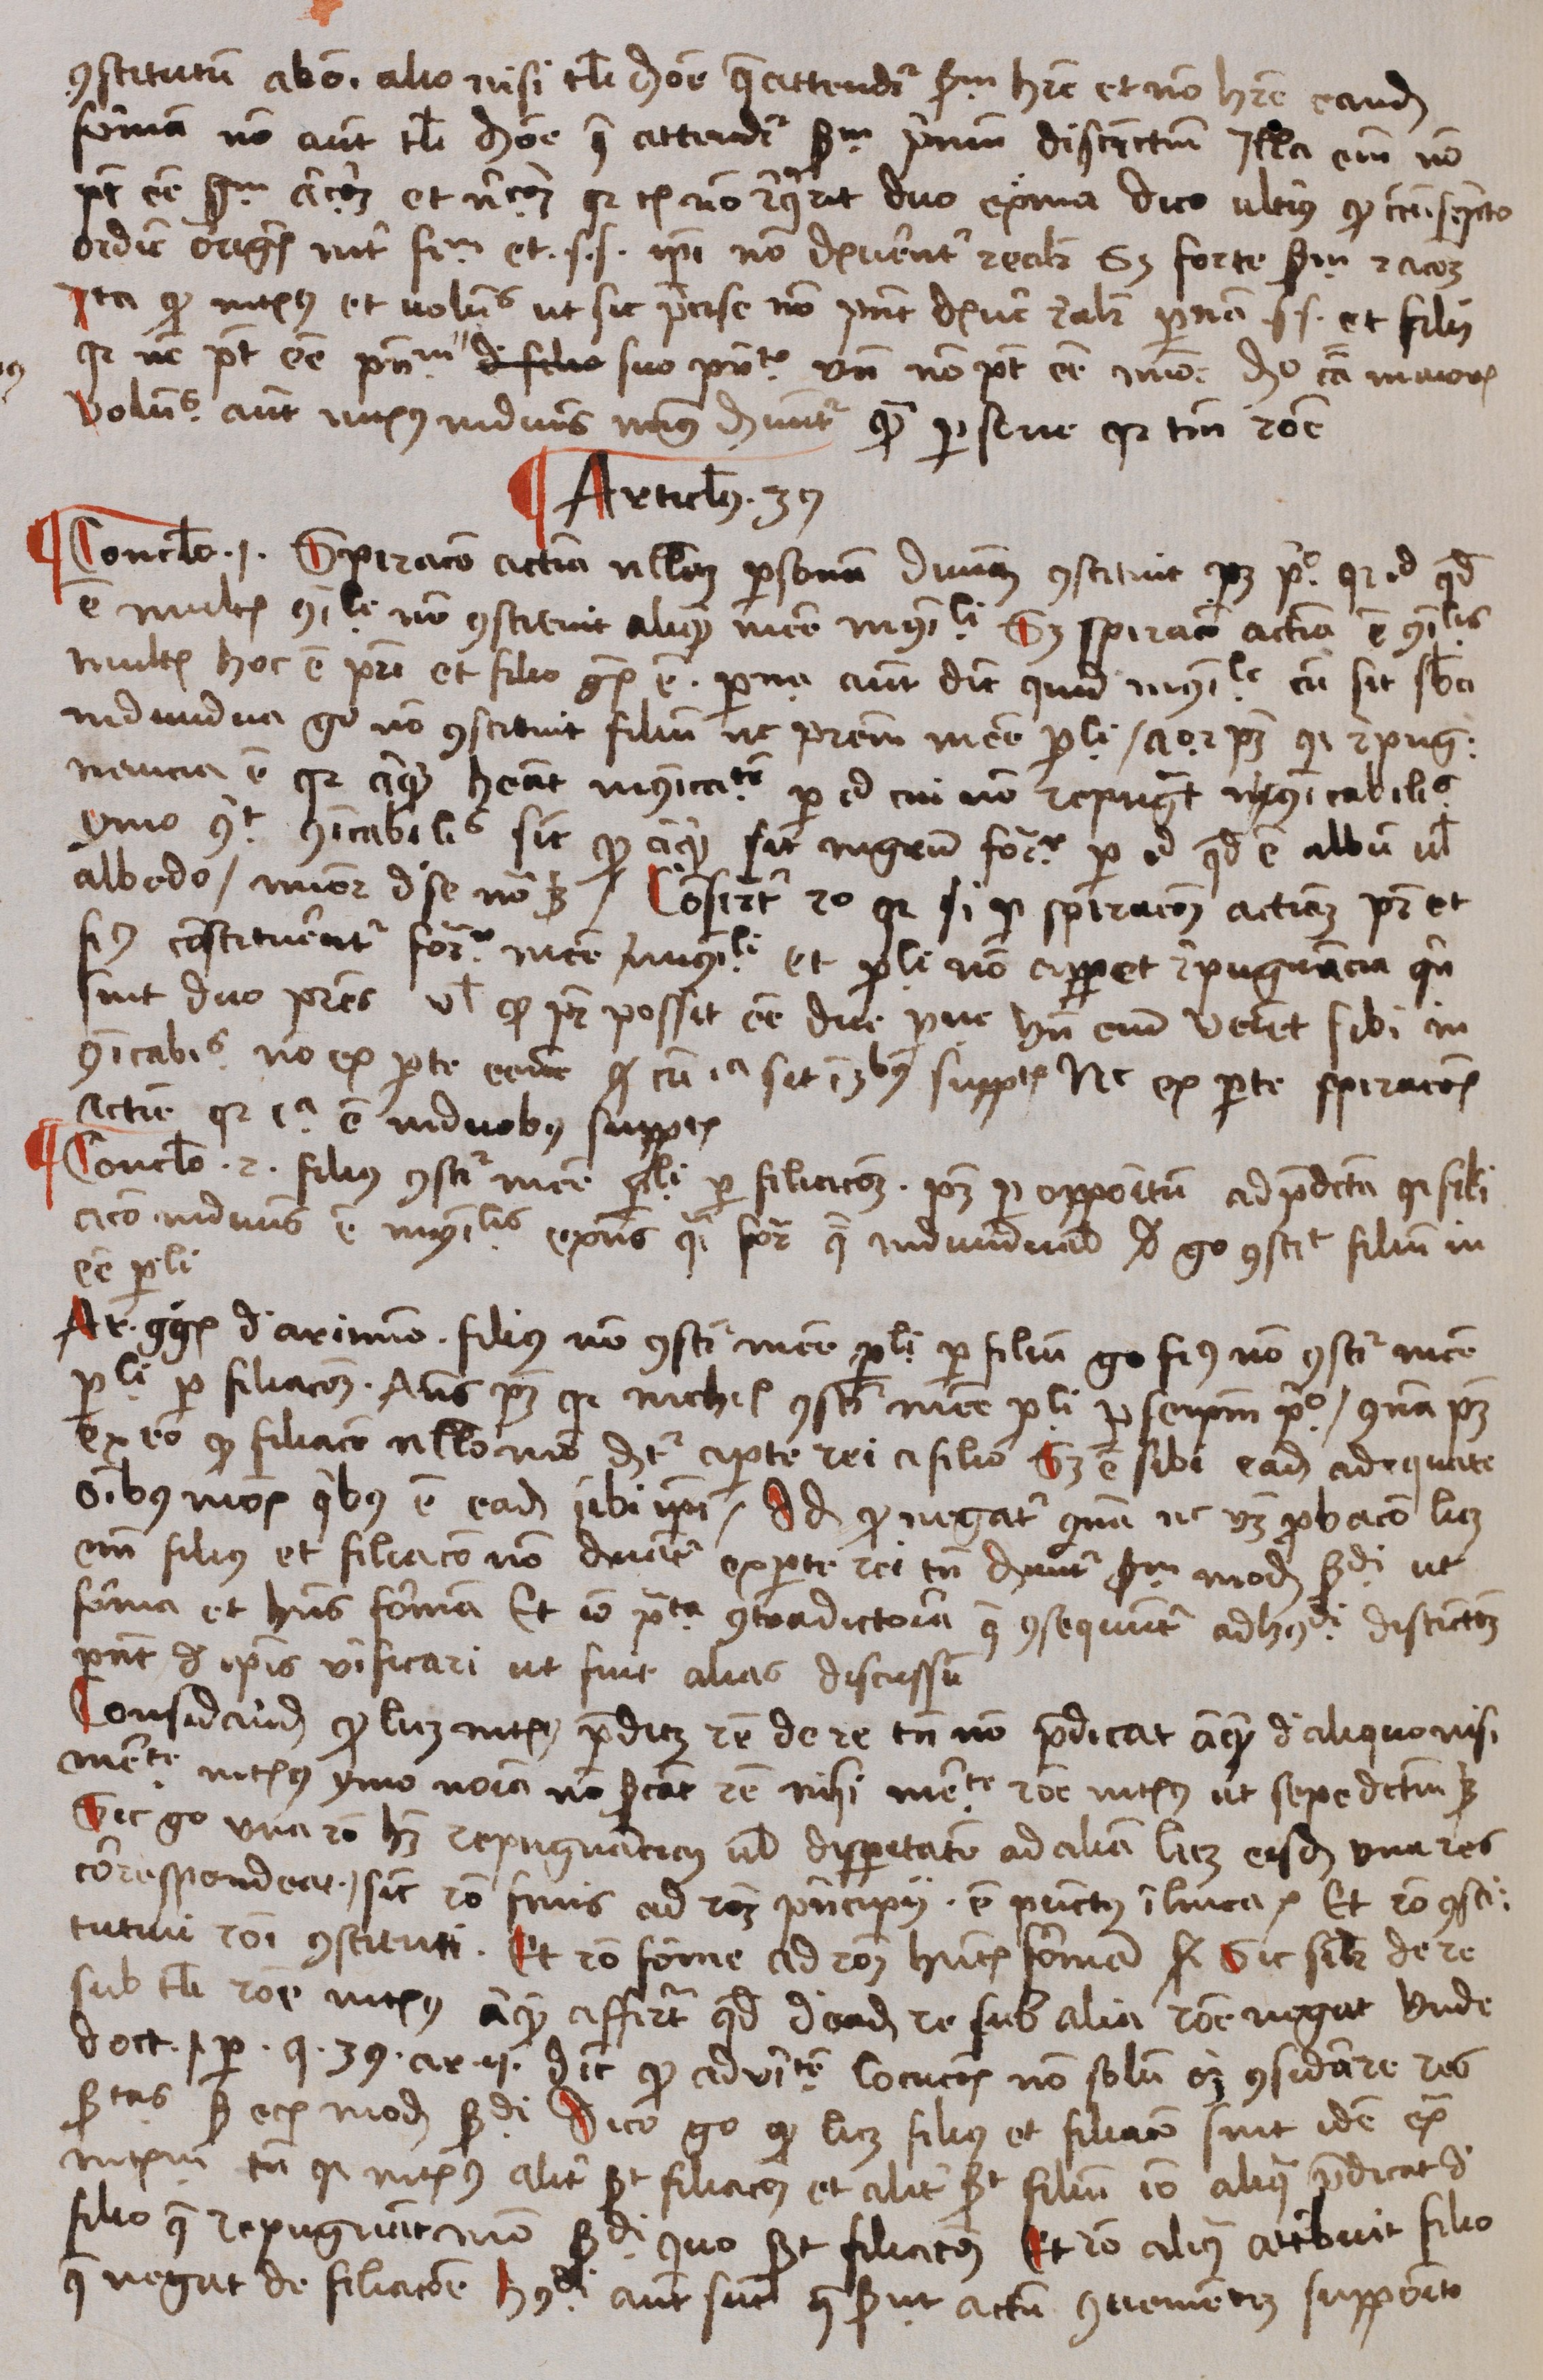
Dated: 1488–1488